Jaan_Tonisson_(Lasteleht), lk 15
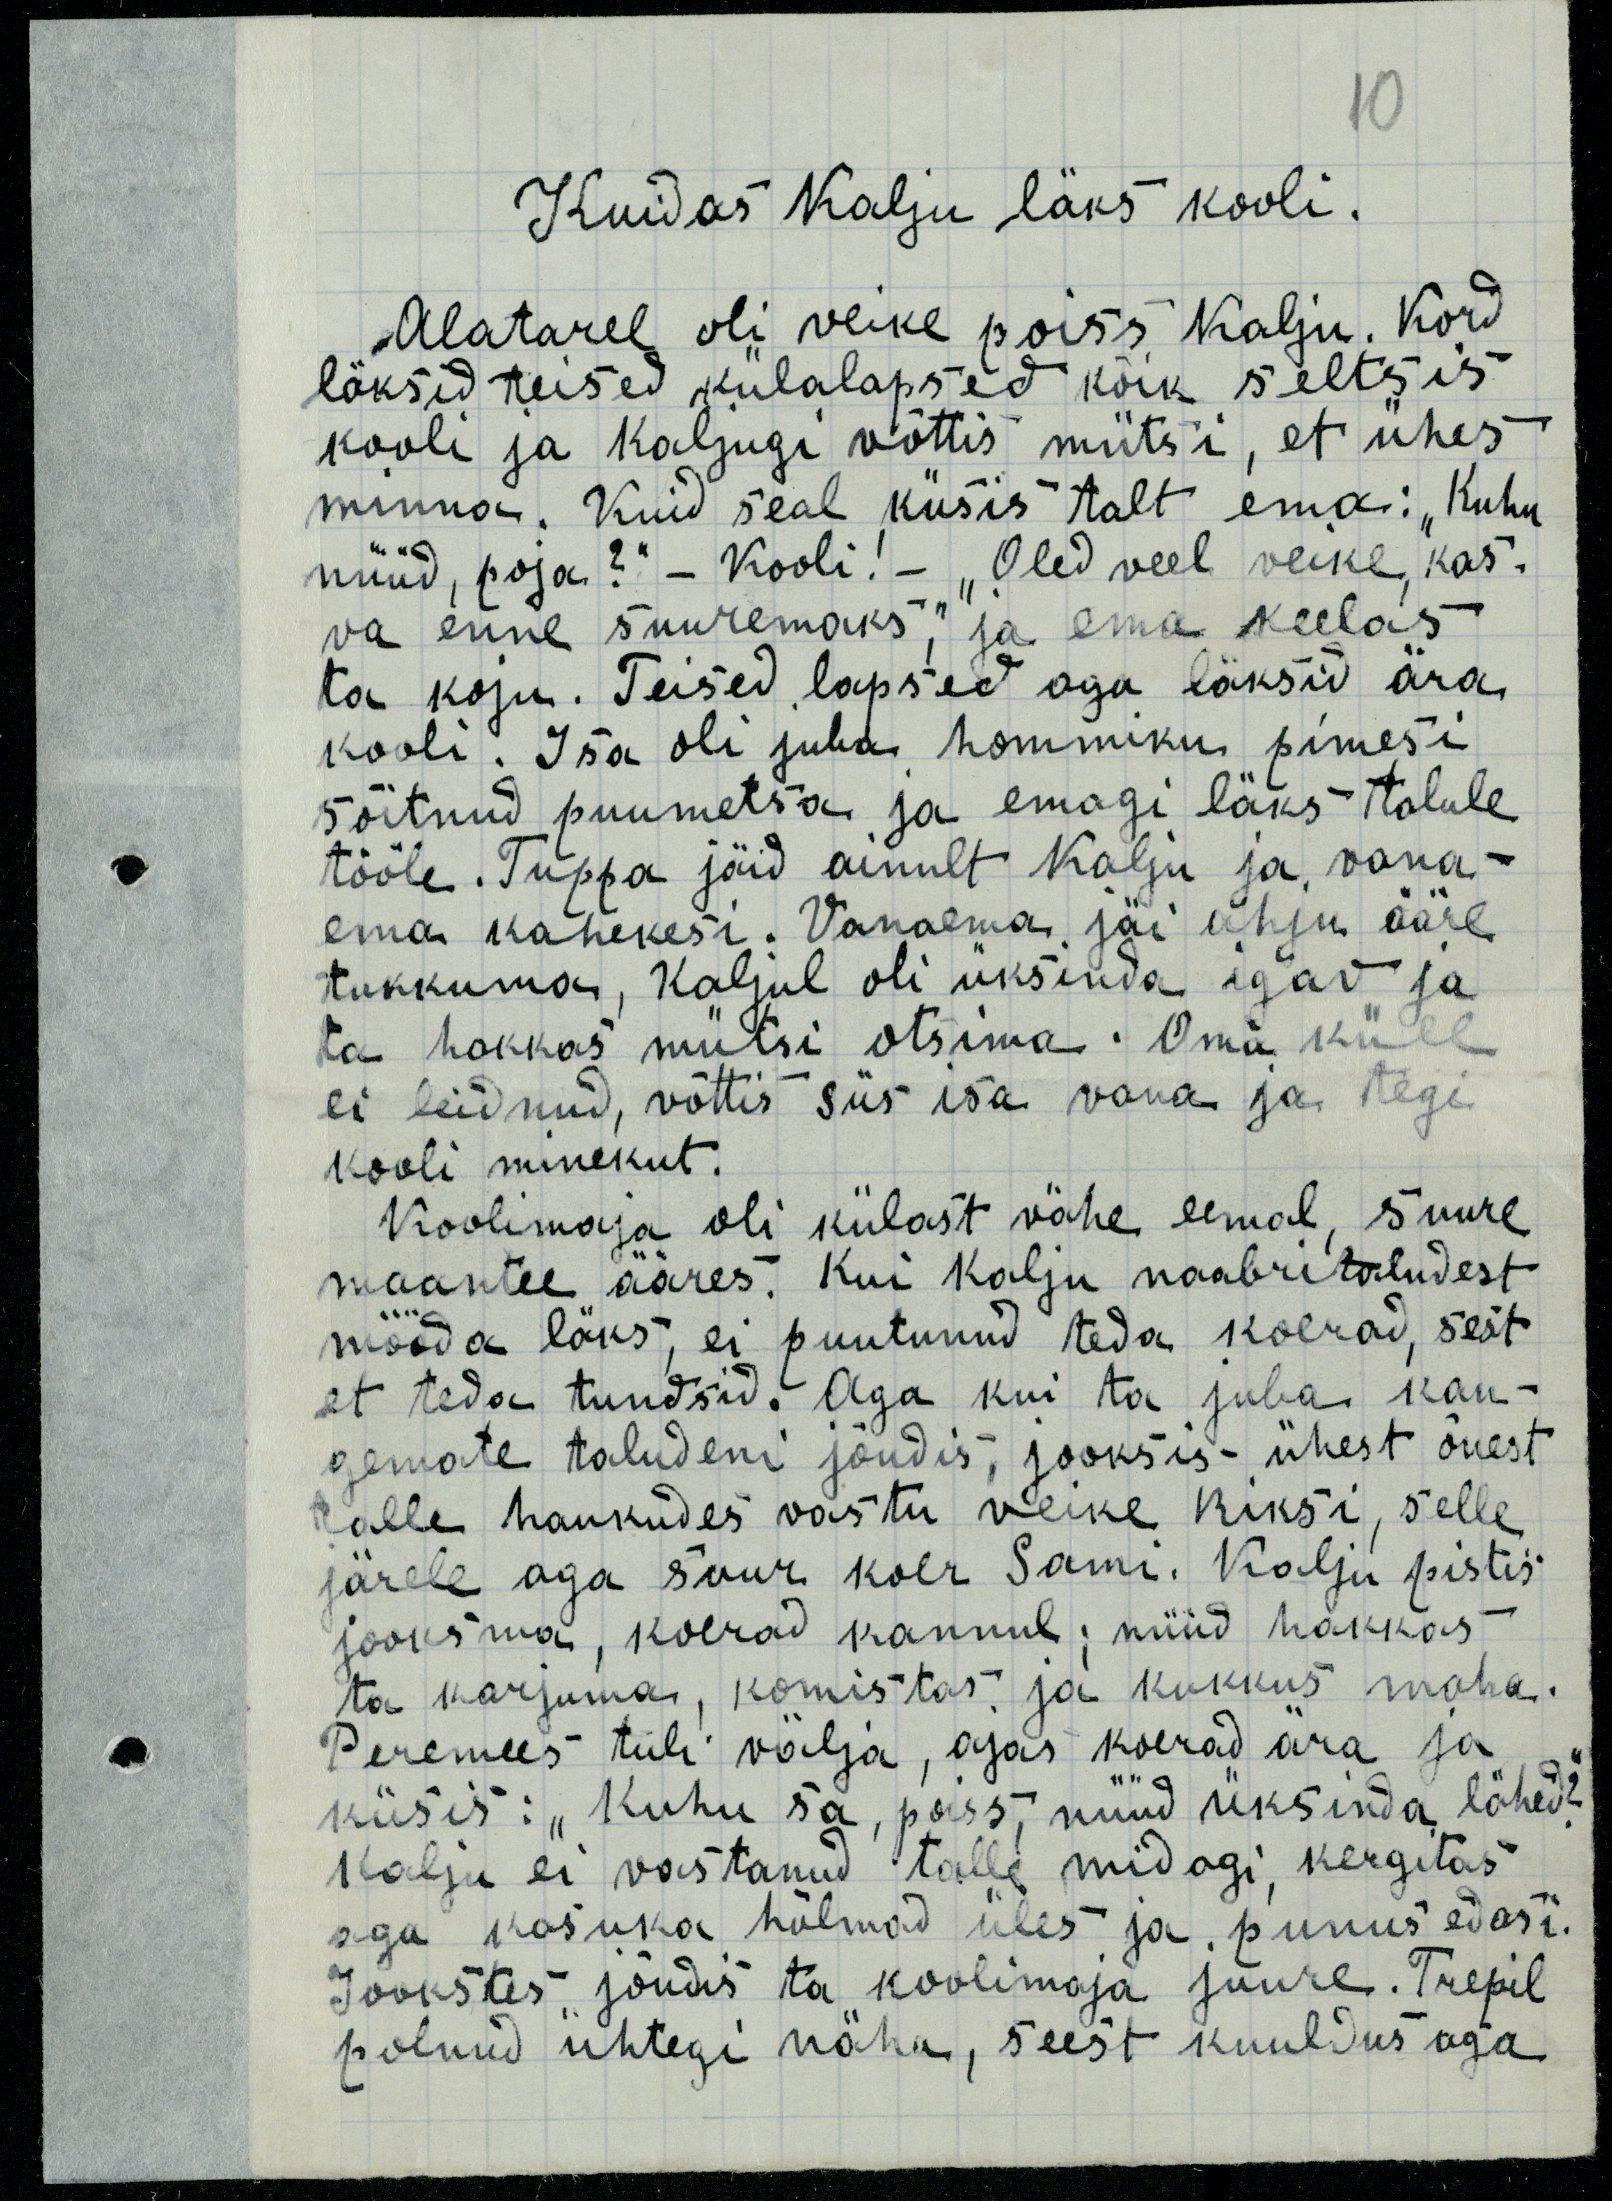
Kuidas Kalju läks kooli.
Alatarel oli veike poiss Kalju. Kord
läksid teised külalapsed kõik seltsis
kooli ja Kaljugi võttis mütsi, et ühes
minna. Kuid seal küsis talt ema: „Kuhu 
nüüd, poja?“ – Kooli! – „Oled veel veike, kas-
va enne suuremaks,“ ja ema keelas
ta koju. Teised lapsed aga läksid ära
kooli. Isa oli juba hommiku pimesi
sõitnud puumetsa ja emagi läks talule
tööle. Tuppa jäid ainult Kalju ja vana-
ema kahekesi. Vanaema jäi ahju ääre
tukkuma, Kaljul oli üksinda igav ja
ta hakkas mütsi otsima. Oma küll
ei leidnud, võttis siis isa vana ja tegi
kooli minekut.
Koolimaja oli külast vähe eemal, suure
maantee ääres. Kui Kalju naabritaludest
mööda läks, ei puutunud teda koerad, sest
et teda tundsid. Aga kui ta juba kau-
gemate taludeni jõudis, jooksis ühest õuest
talle haukudes vastu veike Riksi, selle
järele aga suur koer Sami. Kalju pistis
jooksma, koerad kannul; nüüd hakkas
ta karjuma, komistas ja kukkus maha.
Peremees tuli välja, ajas koerad ära ja
küsis: „Kuhu sa, poiss, nüüd üksinda lähed?“
Kalju ei vastanud talle midagi, kergitas
aga kasuka hõlmad üles ja punus edasi.
Joostes jõudis ta koolimaja juure. Trepil
polnud ühtegi näha, seest kuuldus aga